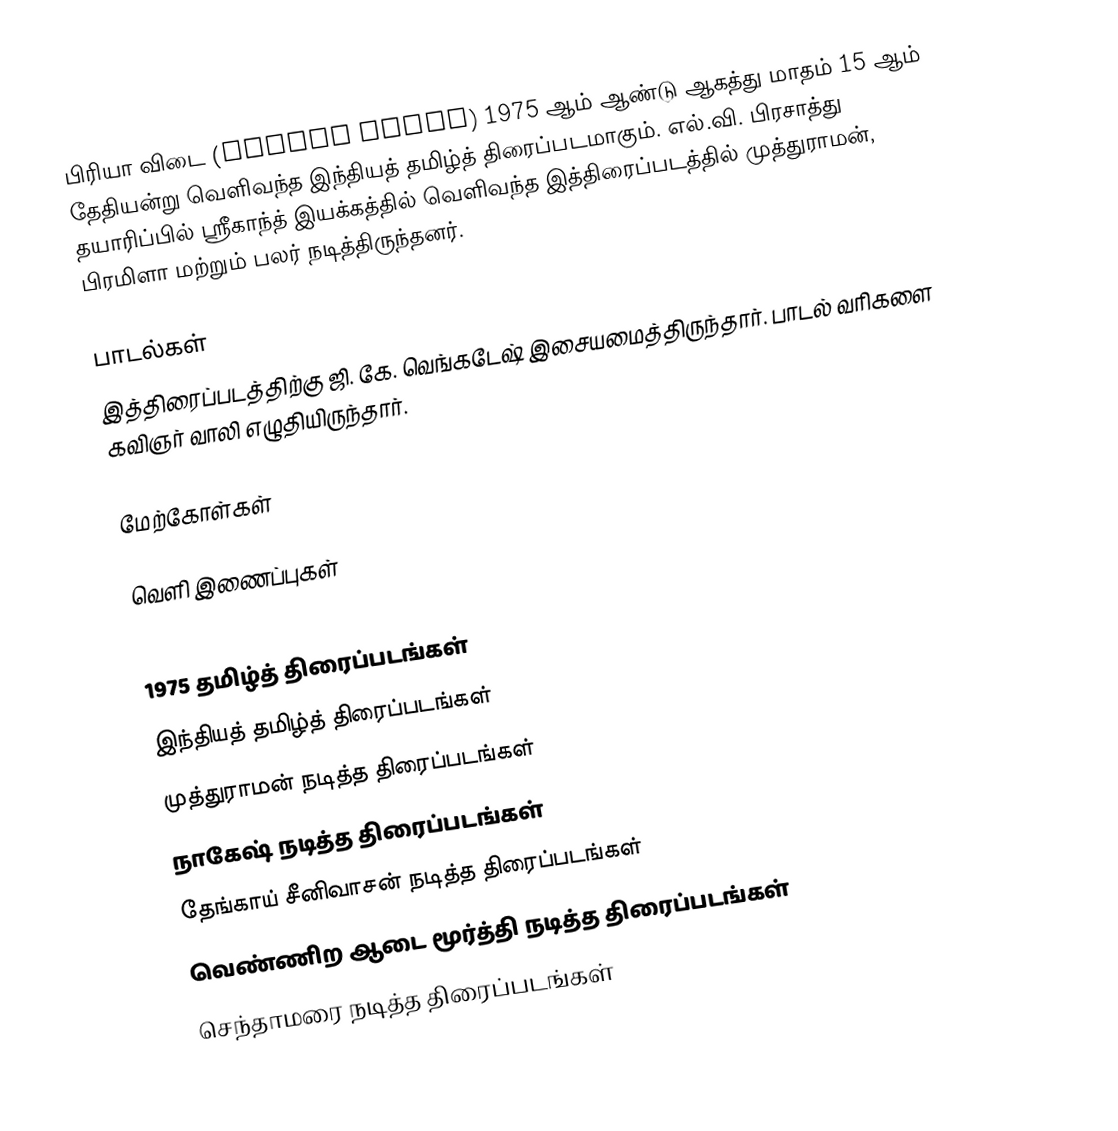
பிரியா விடை (Piriya Vidai) 1975 ஆம் ஆண்டு ஆகத்து மாதம் 15 ஆம் தேதியன்று  வெளிவந்த இந்தியத் தமிழ்த் திரைப்படமாகும்.  எல்.வி. பிரசாத்து தயாரிப்பில் ஸ்ரீகாந்த் இயக்கத்தில் வெளிவந்த இத்திரைப்படத்தில் முத்துராமன், பிரமிளா மற்றும் பலர் நடித்திருந்தனர்.

பாடல்கள்
இத்திரைப்படத்திற்கு ஜி. கே. வெங்கடேஷ் இசையமைத்திருந்தார். பாடல் வரிகளை கவிஞர் வாலி எழுதியிருந்தார்.

மேற்கோள்கள்

வெளி இணைப்புகள்

1975 தமிழ்த் திரைப்படங்கள்
இந்தியத் தமிழ்த் திரைப்படங்கள்
முத்துராமன் நடித்த திரைப்படங்கள்
நாகேஷ் நடித்த திரைப்படங்கள்
தேங்காய் சீனிவாசன் நடித்த திரைப்படங்கள்
வெண்ணிற ஆடை மூர்த்தி நடித்த திரைப்படங்கள்
செந்தாமரை நடித்த திரைப்படங்கள்